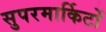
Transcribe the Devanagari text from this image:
सुपरमार्किटों